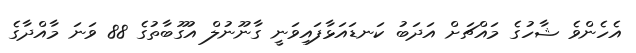
އެހެންވެ ޝާހުގެ މައްޗަށް އަދަބު ކަނޑައަޅާފައިވަނީ ގާނޫނުލް އުގޫބާތުގެ 88 ވަނަ މާއްދާގެ